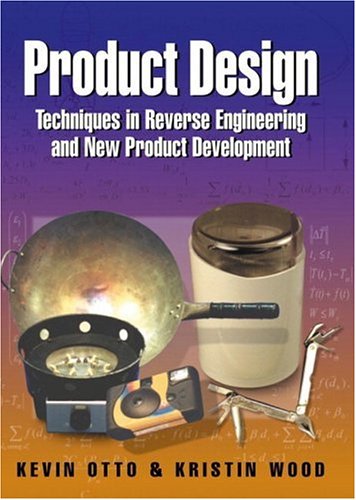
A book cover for Product Design: Techniques in Reverse Engineering and New Product Development; Kevin Otto; Engineering & Transportation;